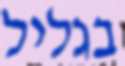
בגליל